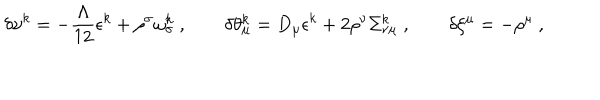
\delta \upsilon ^ { k } = - \frac { \Lambda } { 1 2 } \epsilon ^ { k } + \rho ^ { \sigma } \omega _ { \sigma } ^ { k } \ , \qquad \delta \theta _ { \mu } ^ { k } = D _ { \mu } \epsilon ^ { k } + 2 \rho ^ { \nu } \Sigma _ { \nu \mu } ^ { k } \ , \qquad \delta \xi ^ { \mu } = - \rho ^ { \mu } \ ,